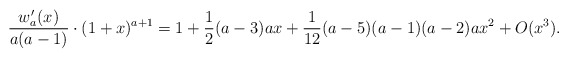
\begin{align*}\frac{w_a'(x) }{a(a-1)} \cdot (1+x)^{a+1} = 1 + \frac{1}{2}(a - 3)ax + \frac{1}{12}(a - 5)(a - 1)(a - 2)ax^2 + O(x^3).\end{align*}